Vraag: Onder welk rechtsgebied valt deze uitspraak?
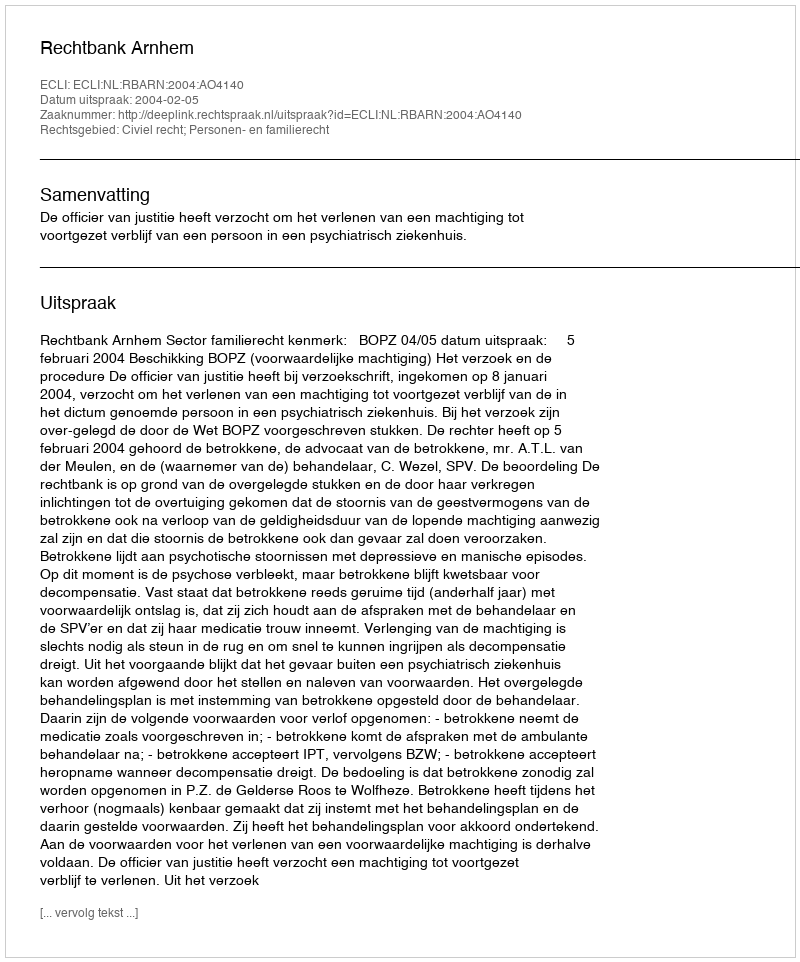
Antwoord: Civiel recht; Personen- en familierecht